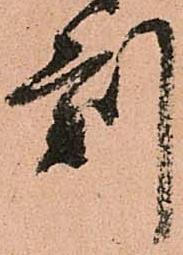
刻